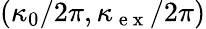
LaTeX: (\kappa_{0}/2\pi,\kappa_{\mathrm{~e~x~}}/2\pi)